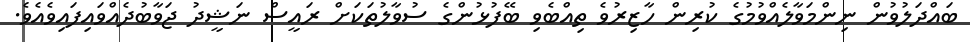
ބައްދަލުވުން ނިންމަވާލެއްވުމުގެ ކުރިން ހާޒިރުވެ ތިއްބެވި ބޭފުޅުންގެ ސުވާލުތަކަށް ރައީސް ނަޝީދު ޖަވާބުދެއްވައިފައިވެއެވެ.